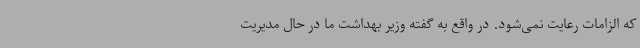
که الزامات رعایت نمی‌شود. در واقع به گفته وزیر بهداشت ما در حال مدیریت